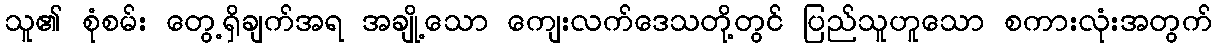
သူ၏ စုံစမ်း တွေ့ရှိချက်အရ အချို့သော ကျေးလက်ဒေသတို့တွင် ပြည်သူဟူသော စကားလုံးအတွက်